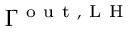
\Gamma ^ { \mathrm { ~ o ~ u ~ t ~ , ~ L ~ H ~ } }